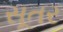
સૂતર